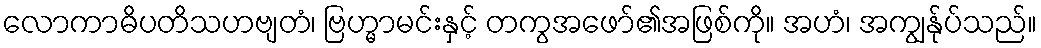
လောကာဓိပတိသဟဗျတံ၊ ဗြဟ္မာမင်းနှင့် တကွအဖော်၏အဖြစ်ကို။ အဟံ၊ အကျွန်ုပ်သည်။